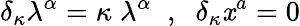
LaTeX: \delta_{\kappa}\lambda^{\alpha}=\kappa\; \lambda^{\alpha}\; \; ,\; \; \delta_{\kappa}\mathit{x}^{a}=0